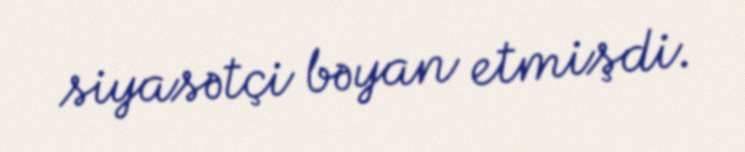
siyasətçi bəyan etmişdi.